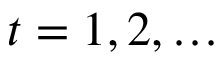
t = 1 , 2 , \dots